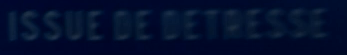
ISSUE DE DETRESSE